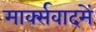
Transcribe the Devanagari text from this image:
मार्क्सवादमें